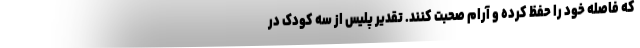
که فاصله خود را حفظ کرده و آرام صحبت کنند. تقدیر پلیس از سه کودک در